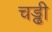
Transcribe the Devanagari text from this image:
चड्ढी